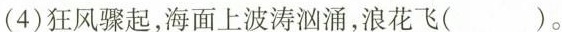
(4)狂风骤起，海面上波涛汹涌，浪花飞( )。